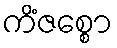
ကိံဇစ္စော